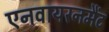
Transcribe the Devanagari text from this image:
एनवायरनमैंट